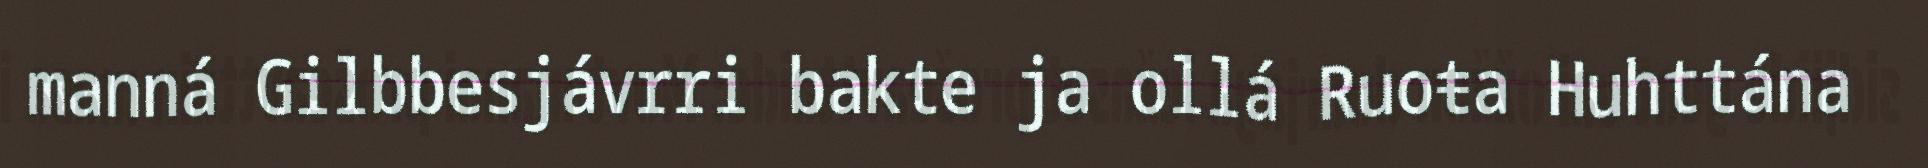
manná Gilbbesjávrri bakte ja ollá Ruoŧa Huhttána